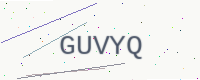
Text: GUVYQ